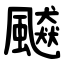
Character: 飇